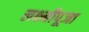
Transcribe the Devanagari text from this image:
लक्ष्मीपूजा